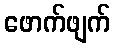
ဖောက်ဖျက်